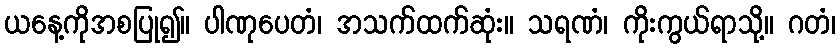
ယနေ့ကိုအစပြု၍။ ပါဏုပေတံ၊ အသက်ထက်ဆုံး။ သရဏံ၊ ကိုးကွယ်ရာသို့။ ဂတံ၊